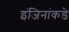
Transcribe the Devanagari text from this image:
इंजिनांकडे